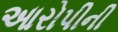
આરોપીની